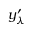
y _ { \lambda } ^ { \prime }